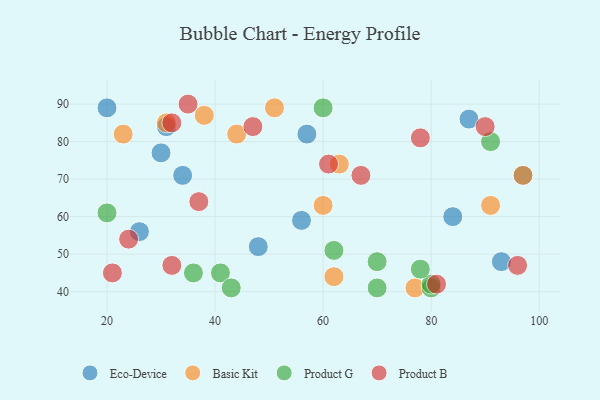
{"axis": {"x": "GDP", "y": "Life Expectancy"}, "legend": ["Basic Kit", "Eco-Device", "Product B", "Product G"], "data": [{"x": "56", "y": 59, "type": "Eco-Device"}, {"x": "97", "y": 71, "type": "Eco-Device"}, {"x": "48", "y": 52, "type": "Eco-Device"}, {"x": "20", "y": 89, "type": "Eco-Device"}, {"x": "31", "y": 84, "type": "Eco-Device"}, {"x": "84", "y": 60, "type": "Eco-Device"}, {"x": "30", "y": 77, "type": "Eco-Device"}, {"x": "57", "y": 82, "type": "Eco-Device"}, {"x": "93", "y": 48, "type": "Eco-Device"}, {"x": "26", "y": 56, "type": "Eco-Device"}, {"x": "87", "y": 86, "type": "Eco-Device"}, {"x": "34", "y": 71, "type": "Eco-Device"}, {"x": "97", "y": 71, "type": "Basic Kit"}, {"x": "77", "y": 41, "type": "Basic Kit"}, {"x": "31", "y": 85, "type": "Basic Kit"}, {"x": "44", "y": 82, "type": "Basic Kit"}, {"x": "51", "y": 89, "type": "Basic Kit"}, {"x": "23", "y": 82, "type": "Basic Kit"}, {"x": "60", "y": 63, "type": "Basic Kit"}, {"x": "62", "y": 44, "type": "Basic Kit"}, {"x": "91", "y": 63, "type": "Basic Kit"}, {"x": "38", "y": 87, "type": "Basic Kit"}, {"x": "63", "y": 74, "type": "Basic Kit"}, {"x": "70", "y": 41, "type": "Product G"}, {"x": "41", "y": 45, "type": "Product G"}, {"x": "80", "y": 41, "type": "Product G"}, {"x": "36", "y": 45, "type": "Product G"}, {"x": "62", "y": 51, "type": "Product G"}, {"x": "80", "y": 42, "type": "Product G"}, {"x": "91", "y": 80, "type": "Product G"}, {"x": "43", "y": 41, "type": "Product G"}, {"x": "78", "y": 46, "type": "Product G"}, {"x": "20", "y": 61, "type": "Product G"}, {"x": "70", "y": 48, "type": "Product G"}, {"x": "60", "y": 89, "type": "Product G"}, {"x": "47", "y": 84, "type": "Product B"}, {"x": "32", "y": 85, "type": "Product B"}, {"x": "96", "y": 47, "type": "Product B"}, {"x": "21", "y": 45, "type": "Product B"}, {"x": "78", "y": 81, "type": "Product B"}, {"x": "61", "y": 74, "type": "Product B"}, {"x": "35", "y": 90, "type": "Product B"}, {"x": "90", "y": 84, "type": "Product B"}, {"x": "24", "y": 54, "type": "Product B"}, {"x": "81", "y": 42, "type": "Product B"}, {"x": "67", "y": 71, "type": "Product B"}, {"x": "32", "y": 47, "type": "Product B"}, {"x": "37", "y": 64, "type": "Product B"}]}